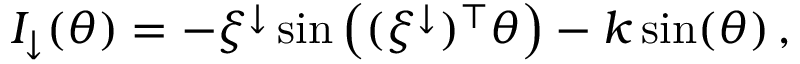
\begin{array} { r } { I _ { \downarrow } ( \theta ) = - \xi ^ { \downarrow } \sin \left( ( \xi ^ { \downarrow } ) ^ { \top } \theta \right) - k \sin ( \theta ) \, , } \end{array}